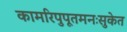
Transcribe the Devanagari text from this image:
कामरिपुपूतमनःसुकेत